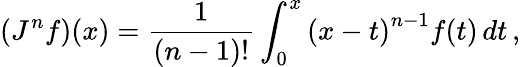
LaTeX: \left(J^{n}f\right)(x)={\frac{1}{(n-1)!}}\int_{0}^{x}\left(x-t\right)^{n-1}f(t)\, dt\, ,